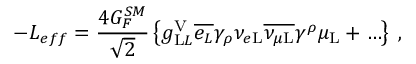
- { \cal { L } } _ { e f f } = \frac { 4 G _ { F } ^ { S M } } { \sqrt { 2 } } \left\{ g _ { \mathrm L L } ^ { \mathrm V } \overline { { { e _ { L } } } } \gamma _ { \rho } \nu _ { e \mathrm L } \overline { { { \nu _ { \mu \mathrm L } } } } \gamma ^ { \rho } \mu _ { \mathrm L } + \ldots \right\} \; ,